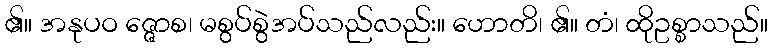
၏။ အနုပဝ ဇ္ဇောစ၊ မစွပ်စွဲအပ်သည်လည်း။ ဟောတိ၊ ၏။ တံ၊ ထိုဥစ္စာသည်။